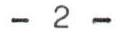
- 2 -